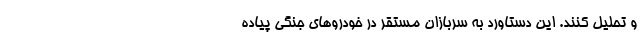
و تحلیل کنند. این دستاورد به سربازان مستقر در خودروهای جنگی پیاده